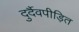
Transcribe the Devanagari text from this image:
दुर्दैवपीड़ित